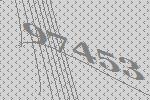
97453